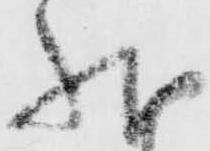
状